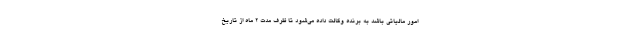
امور مالياتي باشد به برنده وكالت داده مي‌شود تا ظرف مدت 2 ماه از تاريخ